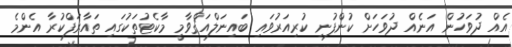
އެއް ދުވަހުން އަނެއް ދުވަހަށް ކުންފުނި ކުރިއަރުވައި ބައިނަލްއަޤްވާމީ މާކެޓުތަކުގައި ތައާރަފްކުރާ އެންމެ